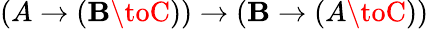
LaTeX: (A\to(\mathbf{B}\toC))\to(\mathbf{B}\to(A\toC))